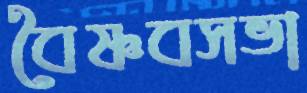
বৈষ্ণবসভা